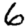
Digit: 6